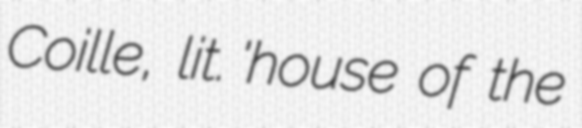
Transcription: Coille, lit. 'house of the